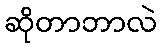
ဆိုတာဘာလဲ